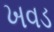
ખવડ